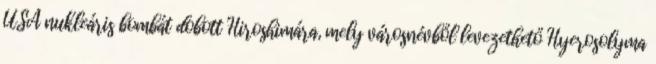
USA nukleáris bombát dobott Hiroshimára, mely városnévből levezethető Hyerosolyma